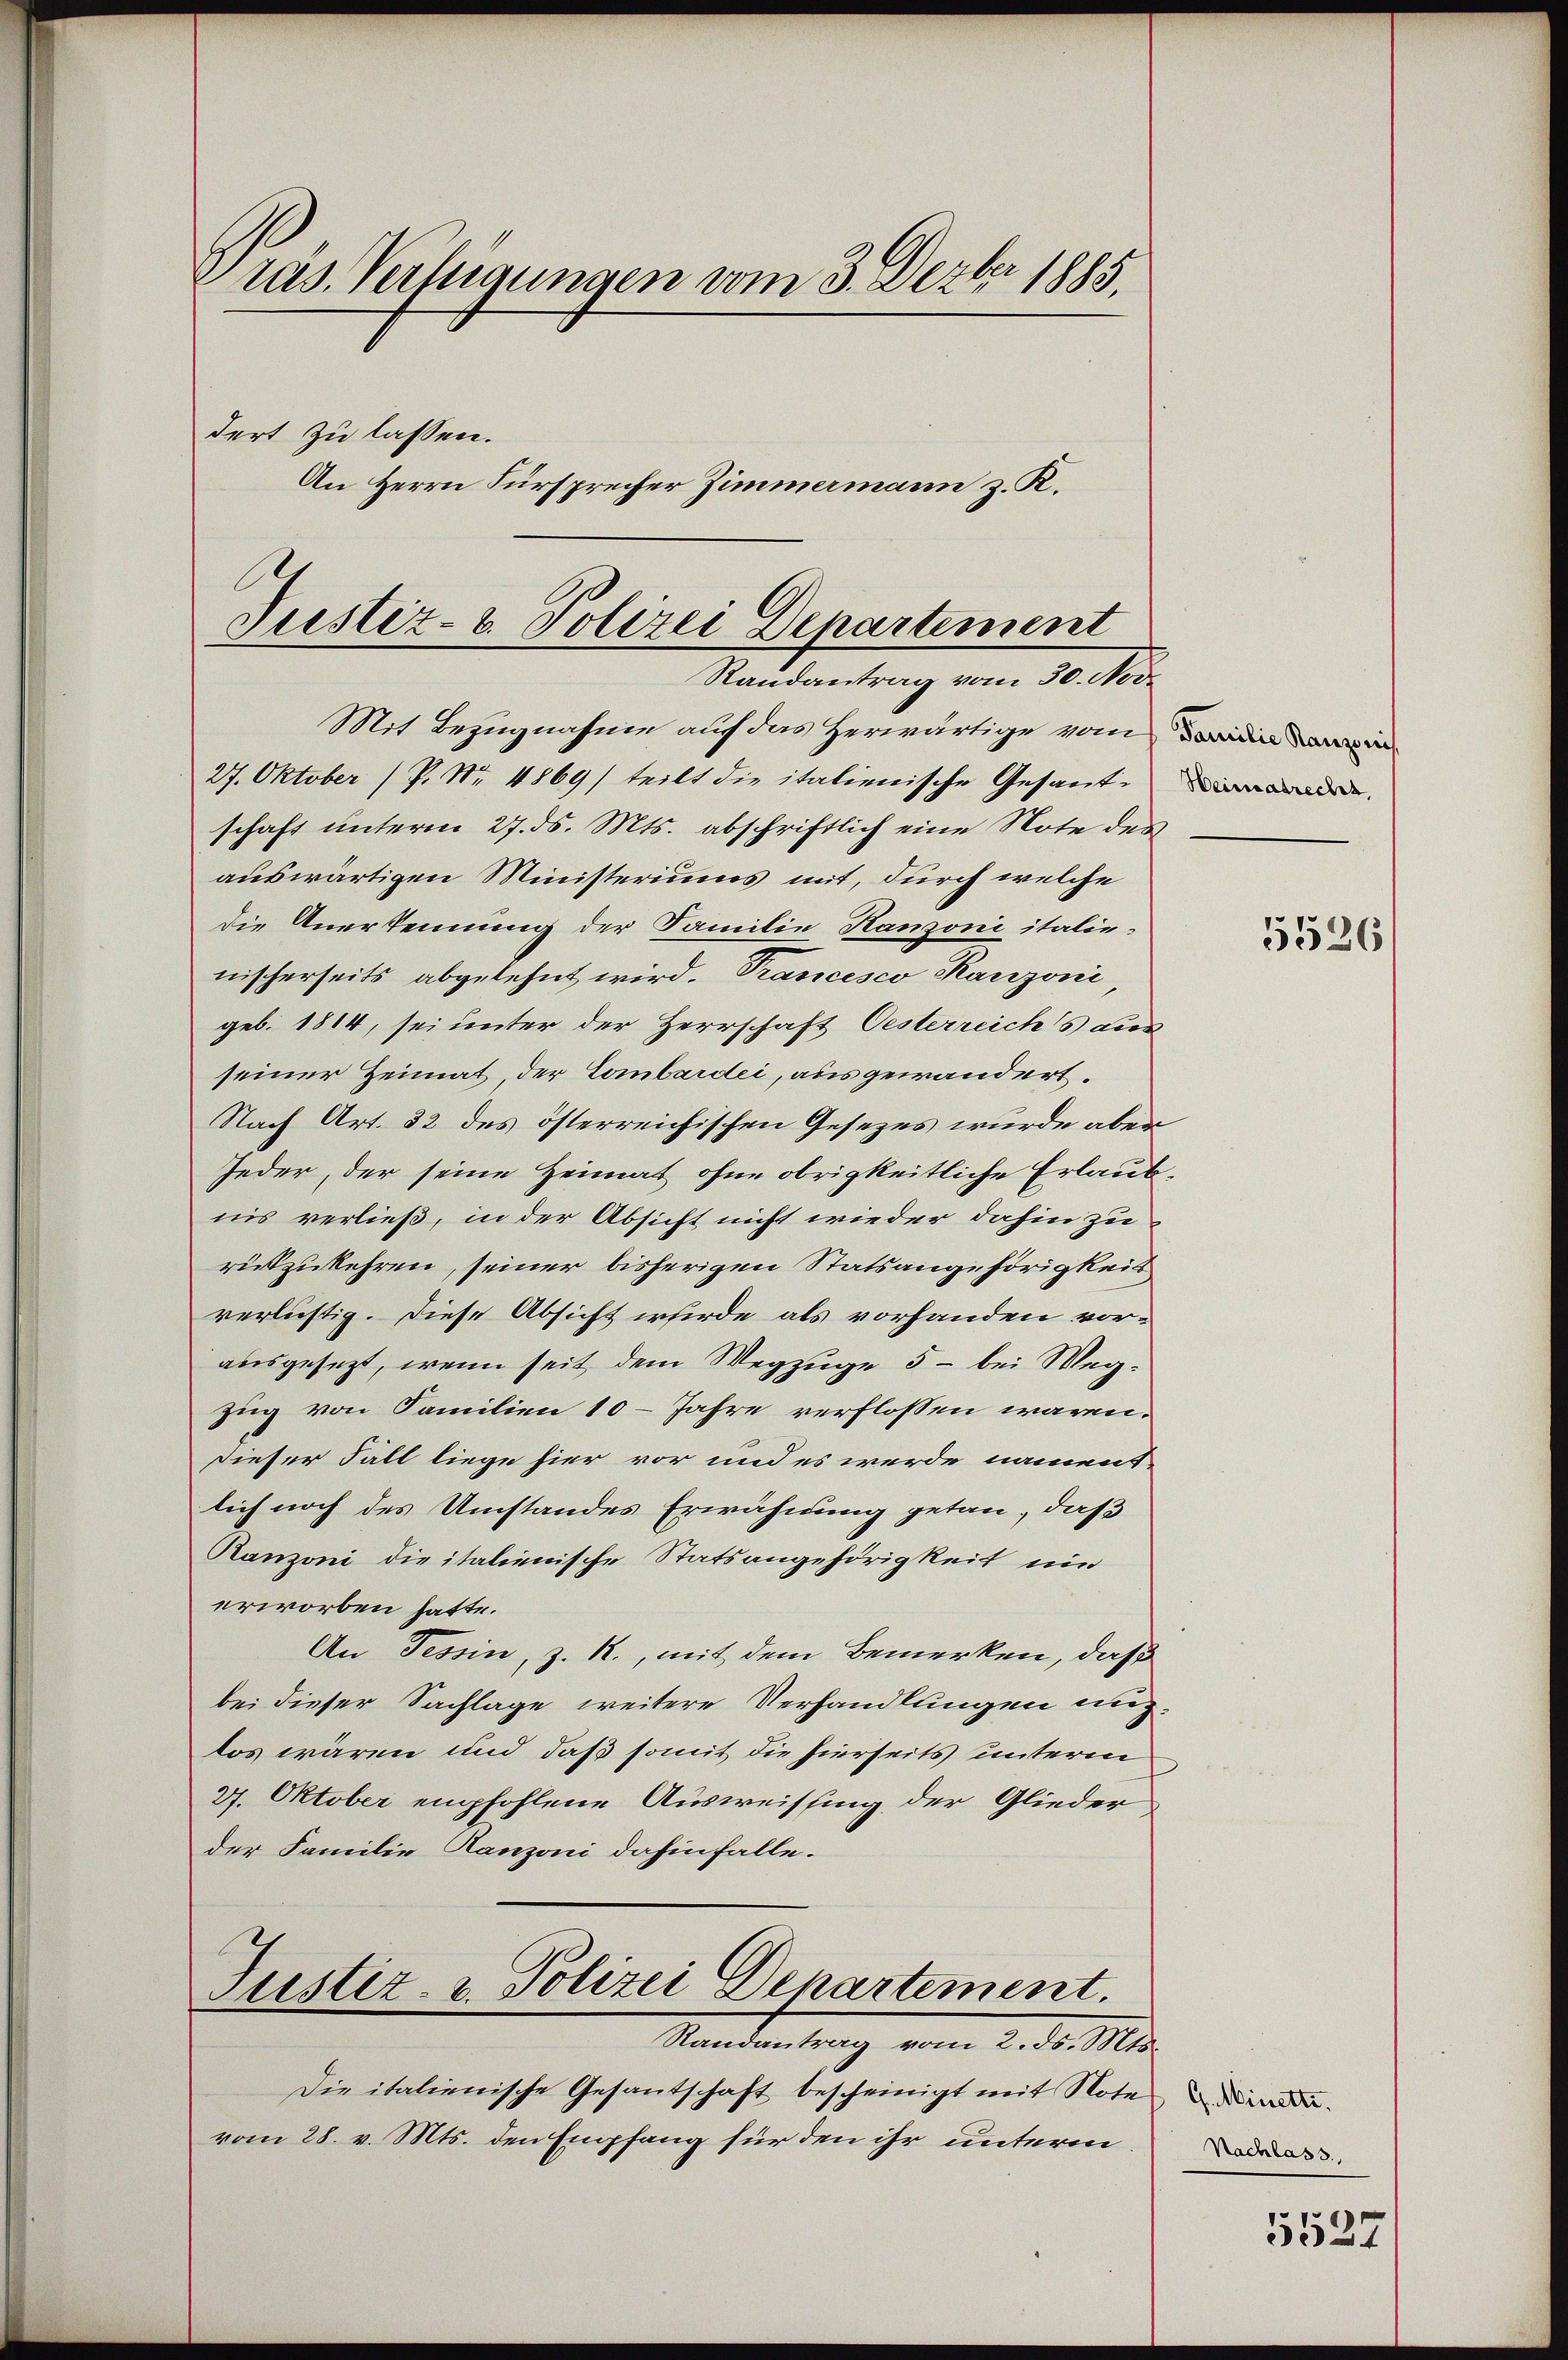
Dräs. Verfügungen vom 3. Dezbr 1885.
dert zu lassen.
An Herrn Fürsprecher Zimmermann z. K.

Mit Bezugnahme auf das Herwärtige vom
27. Oktober (P. Nr. 4869/ teilt die italienische Gesante der
schaft unterm 27. ds. Mts. abschriftlich eine Note des
auswärtigen Ministeriums mit, durch welche
die Anerkennung der Familie Hanzoni italie-
nischerseits abgelehnt wird. Trancesco anzoni
geb. 1814, sei unter der Herrschaft Oesterreichs aus
seiner Heimat, der Lombardei, ausgewandert.
Nach Art. 32 des österreichischen Gesezes wurde aber
Jeder, der seine Heimat ohne obrigkeitliche Erlaubnis verließ, in der Absicht nicht wieder dahin zu
rückzukehren, seiner bisherigen Statsangehörigkeit
verlistig. Diese Absicht werde als vorhanden vorausgesezt, wenn seit dem Wegzuge 5 - bei Wegzug von Familien 10 Jahre verflossen wären.
dieser Fall liege hier vor und es werde nament-
lich noch des Umstandes Erwähnung getan, daß
Ranzoni die italienische Statsangehörigkeit ni
erworben hatte.
An Tessin, z. R., mit dem Bemerken, daß
bei dieser Sachlage weitere Verhandlungen auslos wären und daß somit die hierseits unterm
27. Oktober empfohlene Ausweissung der Glieder
der Familie Kanzoni dahinfalle.
Justiz- u. Polizei Departement.
Randantrag vom 2. ds. Mts.
Die italienische Gesandtschaft bescheinigt mit Note dadu
vom 28. v. Mts. den Empfang für den ihr unterm

Justiz- & Polizei Departement
Randantrag vom 30. Nov.

5526

Nachlass

5527